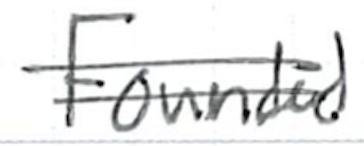
Text: Founded
Cross-out: double-line
Writing tool: ballpoint